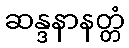
ဆန္ဒနာနတ္တံ